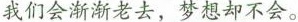
我们会渐渐老去，梦想却不会。些